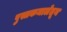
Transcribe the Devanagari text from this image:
पुस्तकमालेतून